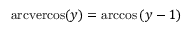
\operatorname { a r c v e r c o s } ( y ) = \operatorname { a r c c o s } \left( y - 1 \right)